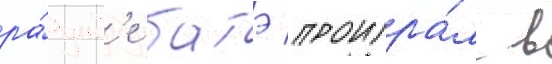
ра́унд'е батэ проигра́л в